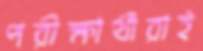
পরীক্ষার্থীরাই